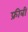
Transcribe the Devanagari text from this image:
फ्रीबी